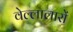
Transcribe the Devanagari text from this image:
वेल्लालारों